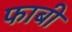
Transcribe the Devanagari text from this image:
फाबी